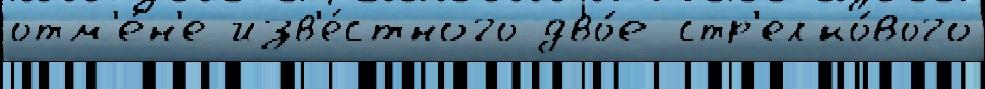
отм'е́н'е изв'е́стного дво́е стр'елко́вого